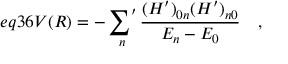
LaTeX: e q 3 6 V ( R ) = - \mathop { { \sum } ^ { \prime } } _ { n } \frac { ( H ^ { \prime } ) _ { 0 n } ( H ^ { \prime } ) _ { n 0 } } { E _ { n } - E _ { 0 } } \quad ,